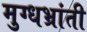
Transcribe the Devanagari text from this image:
मुग्धभ्रांती